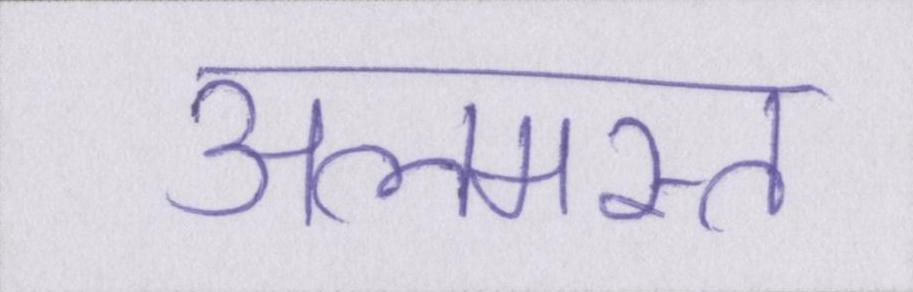
अलमस्त